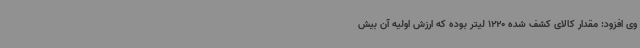
وی افزود: مقدار کالای کشف شده 1220 لیتر بوده که ارزش اولیه آن بیش